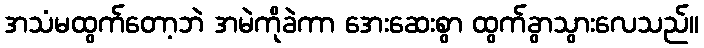
အသံမထွက်တော့ဘဲ အမဲကိုခဲကာ အေးဆေးစွာ ထွက်ခွာသွားလေသည်။